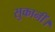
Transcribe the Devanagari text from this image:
सुकानीं।